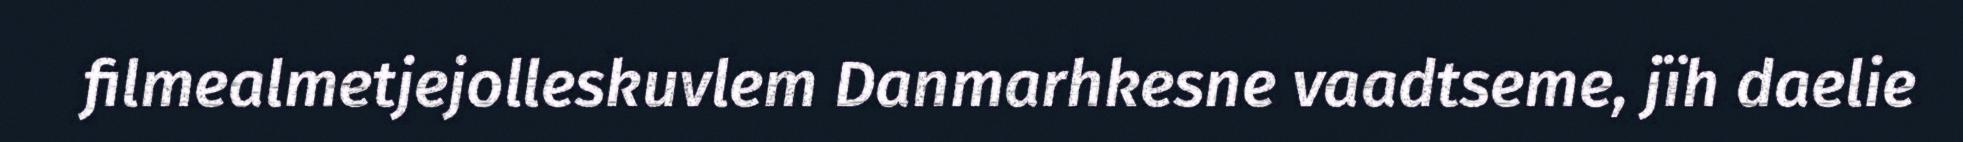
filmealmetjejolleskuvlem Danmarhkesne vaadtseme, jïh daelie